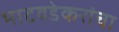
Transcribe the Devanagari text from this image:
भाटवडेकरांचा